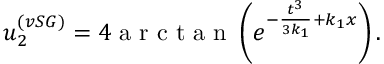
u _ { 2 } ^ { ( v S G ) } = 4 \mathrm { ~ a ~ r ~ c ~ t ~ a ~ n ~ } \left( e ^ { - \frac { t ^ { 3 } } { 3 k _ { 1 } } + k _ { 1 } x } \right) .